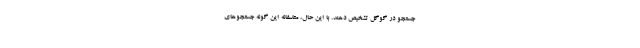
جستجو در گوگل تشخیص دهند. با این حال، متاسفانه این گونه جستجو‌های